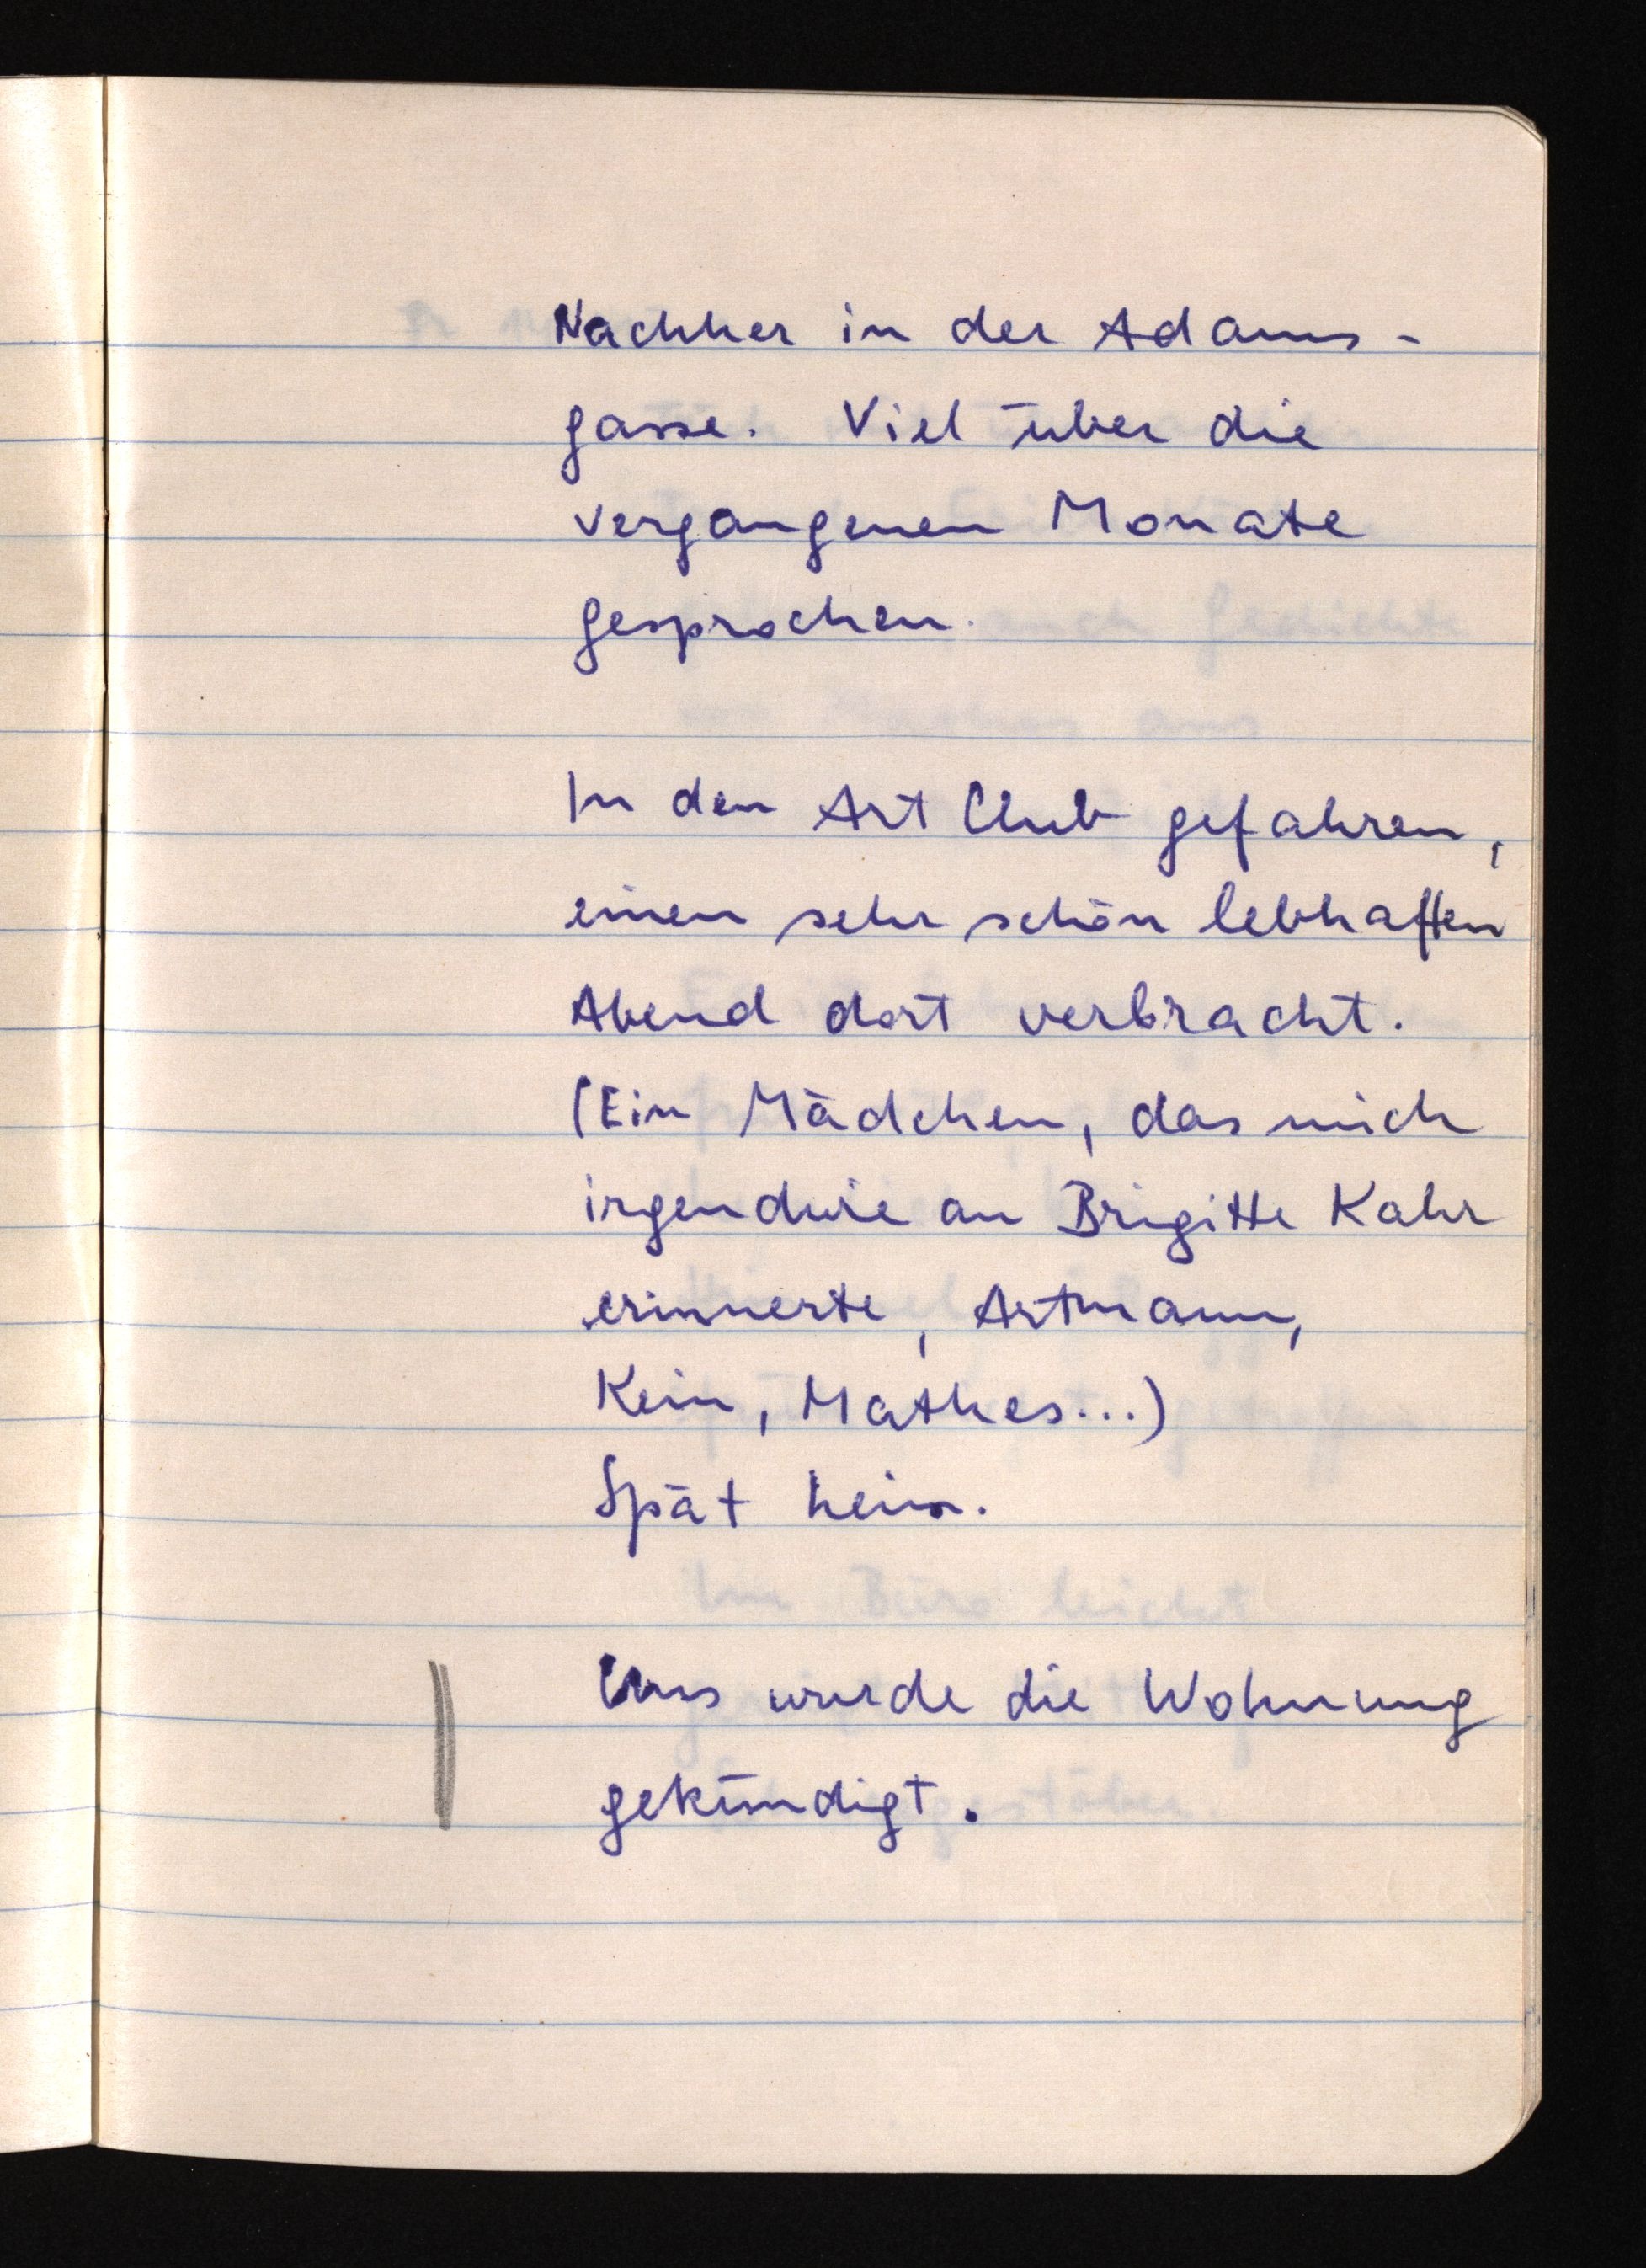
Nachher in der Adams¬
gasse. Viel über die
vergangenen Monate
gesprochen.
In den Art Club gefahren,
einen sehr schön lebhaften
Abend dort verbracht.
(Ein Mädchen, das mich
irgendwie an Brigitte Kahr
erinnerte, Artmann,
Kein, Mathes ...)
Spät heim.
Uns wurde die Wohnung
gekündigt.